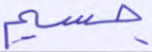
جسيم